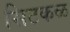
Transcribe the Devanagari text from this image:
सिटकळ